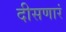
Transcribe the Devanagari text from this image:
दीसणारं